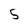
Character: 5